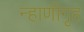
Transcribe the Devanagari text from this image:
न्हाणीगृह